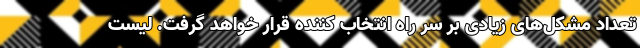
تعداد مشکل‌های زیادی بر سر راه انتخاب کننده قرار خواهد گرفت. لیست